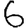
Digit: 6